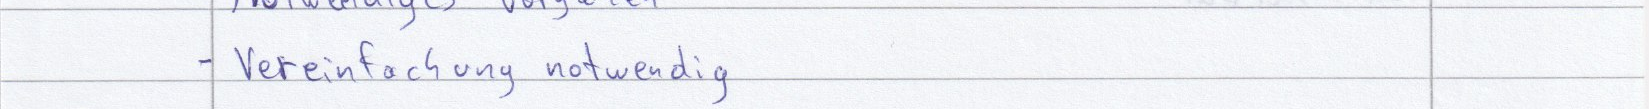
- Vereinfachung notwendig